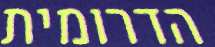
הדרומית